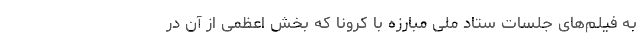
به فیلم‌های جلسات ستاد ملی مبارزه با کرونا که بخش اعظمی از آن در